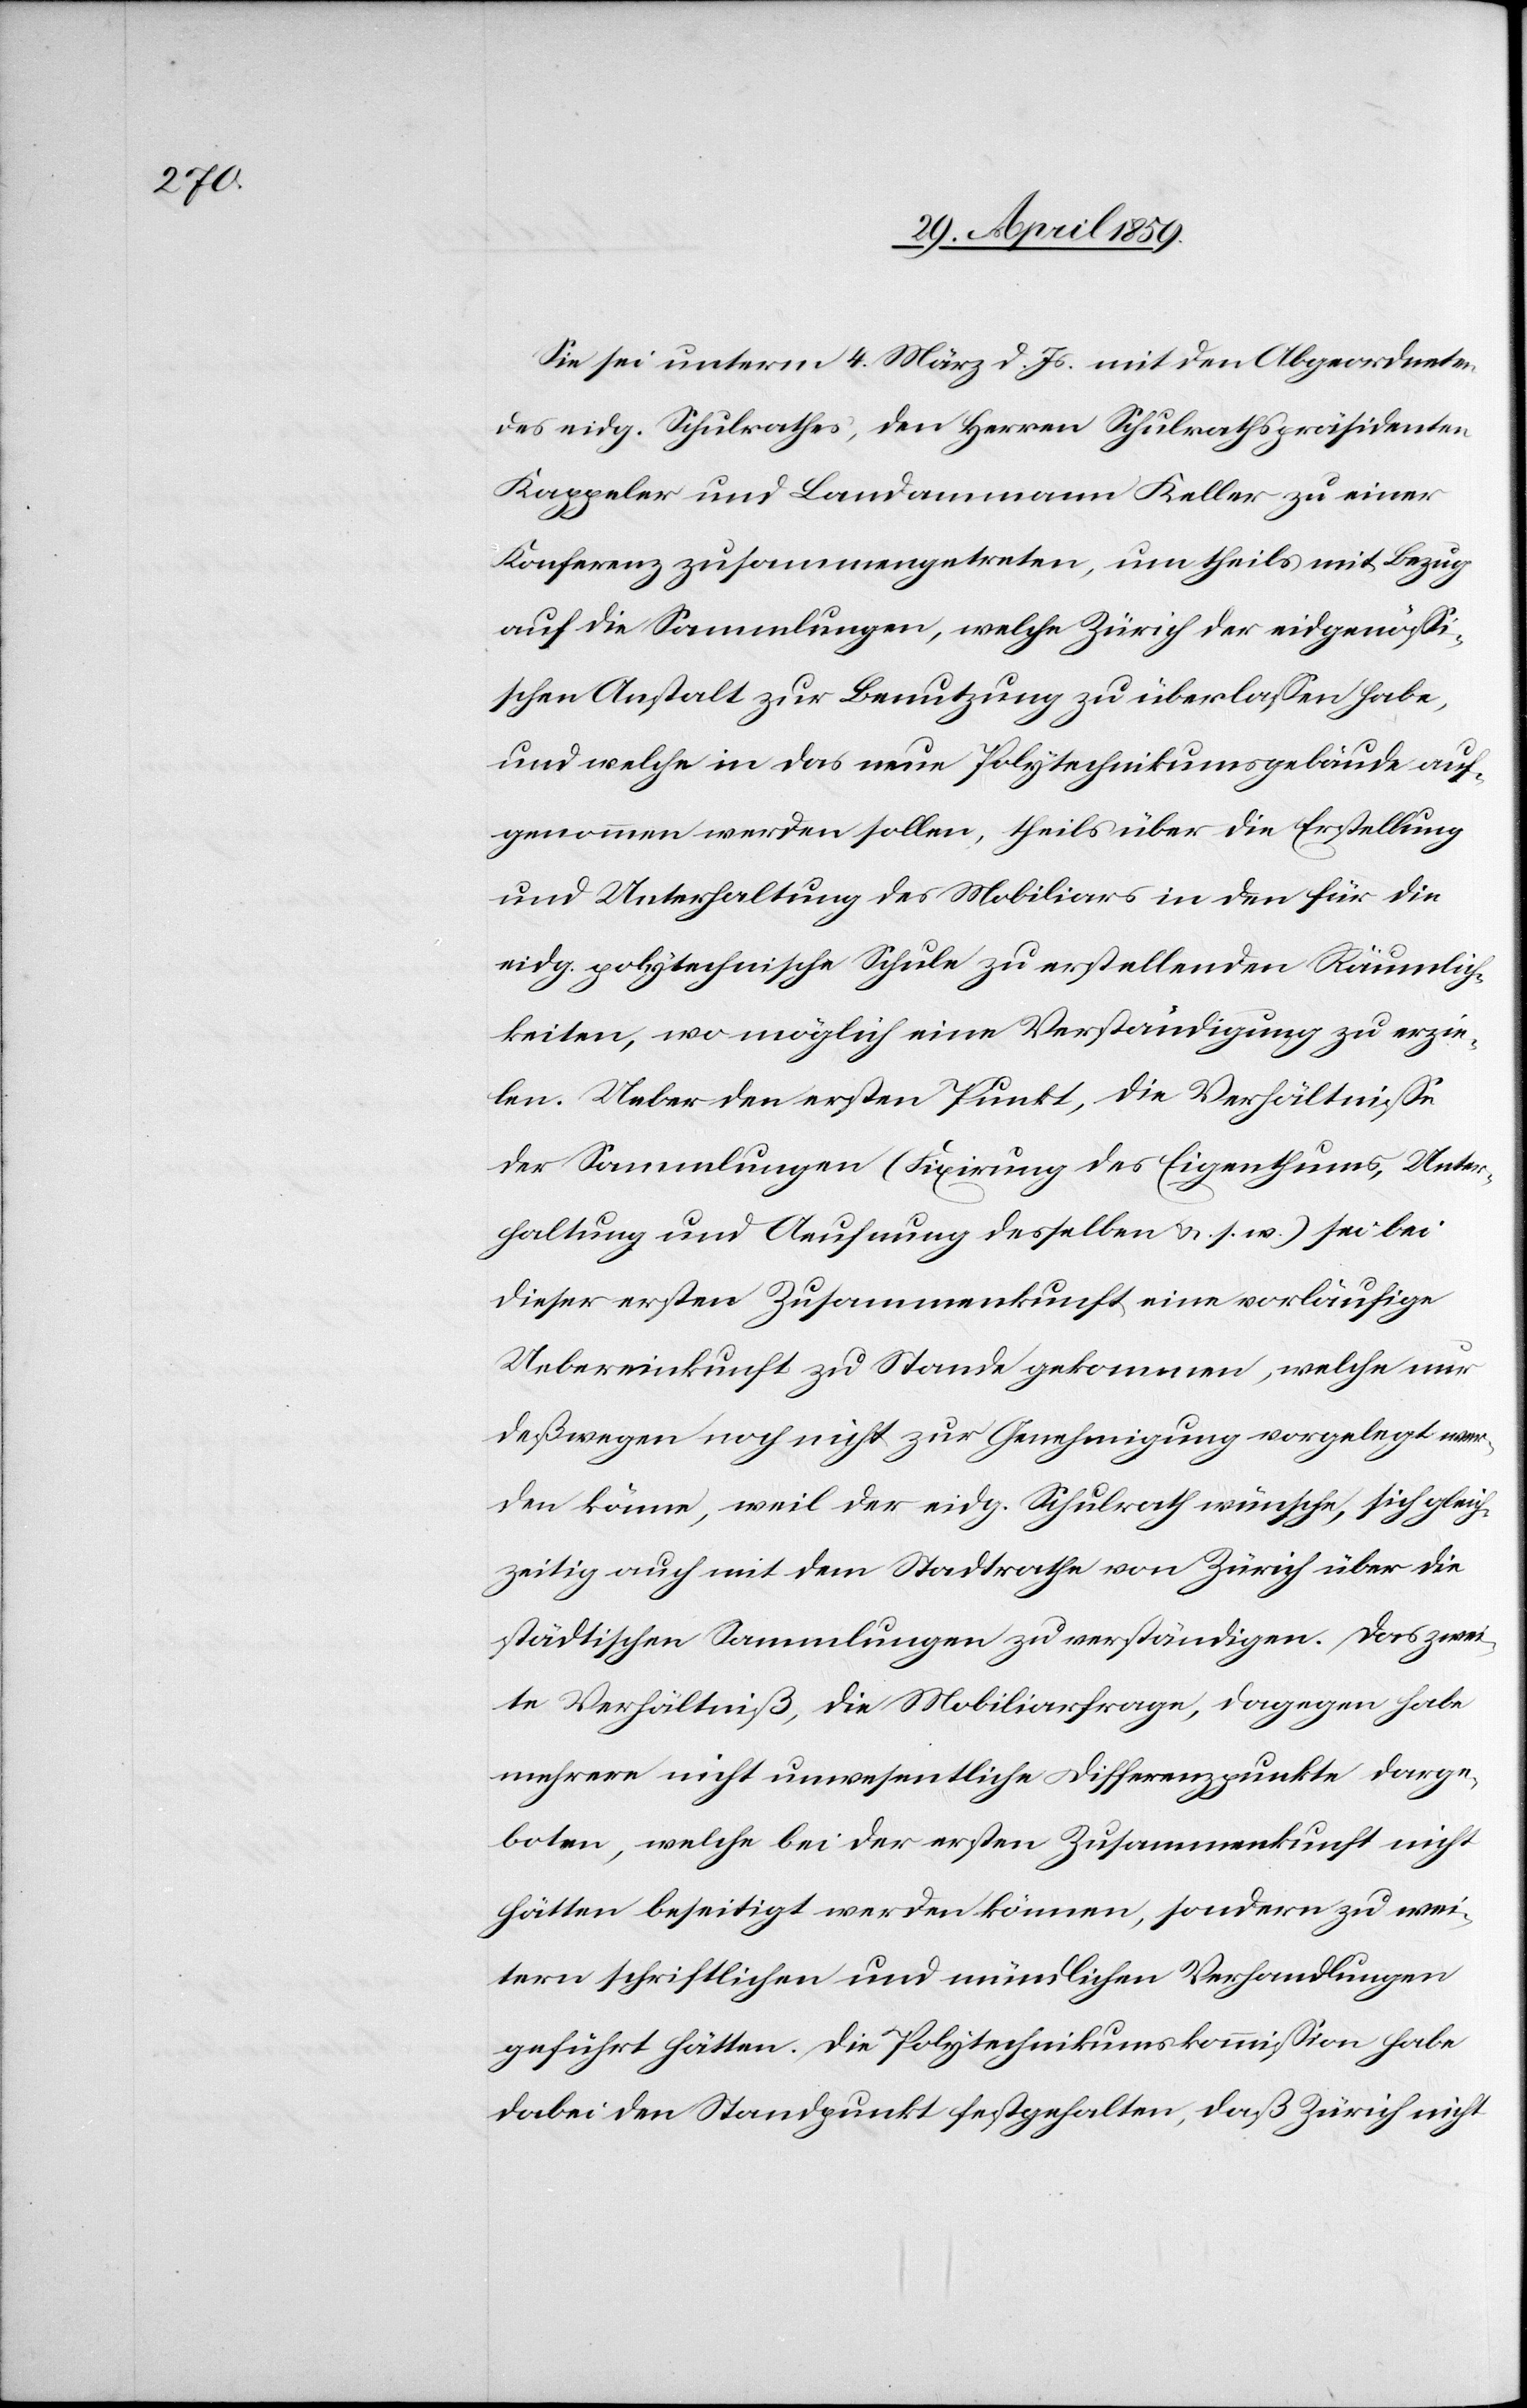
Sie sei unterm 4. März d. Js. mit den Abgeordneten
des eidg. Schulrathes, den Herren Schulrathspräsidenten
Kappeler und Landammann Keller zu einer
Konferenz zusammengetreten, um theils mit Bezug
auf die Sammlungen, welche Zürich der eidgenößi¬
schen Anstalt zur Benutzung zu überlaßen habe,
und welche in das neue Polytechnikumsgebäude auf¬
genommen werden sollen, theils über die Erstellung
und Unterhaltung des Mobiliars in den für die
eidg. polytechnische Schule zu erstellenden Räumlich¬
keiten, wo möglich eine Verständigung zu erzie¬
len. Ueber den ersten Punkt, die Verhältniße
der Sammlungen (Fixirung des Eigenthums, Unter¬
haltung und Aeufnung desselben u. s. w.) sei bei
dieser ersten Zusammenkunft eine vorläufige
Uebereinkunft zu Stande gekommen, welche nur
deßwegen noch nicht zur Genehmigung vorgelegt wer¬
den könne, weil der eidg. Schulrath wünsche, sich gleich¬
zeitig auch mit dem Stadtrathe von Zürich über die
städtischen Sammlungen zu verständigen. Das zwei¬
te Verhältniß, die Mobiliarfrage, dagegen habe
mehrere nicht unwesentliche Differenzpunkte darge¬
boten, welche bei der ersten Zusammenkunft nicht
hätten beseitigt werden können, sondern zu wei¬
tern schriftlichen und mündlichen Verhandlungen
geführt hätten. Die Polytechnikumskommißion habe
dabei den Standpunkt festgehalten, daß Zürich nicht